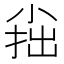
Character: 𡮍